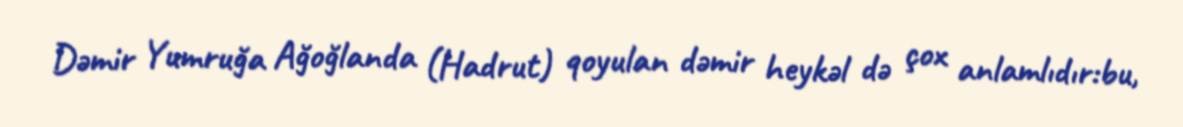
Dəmir Yumruğa Ağoğlanda (Hadrut) qoyulan dəmir heykəl də çox anlamlıdır:bu,